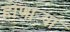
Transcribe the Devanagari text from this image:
होणाऱ्यां